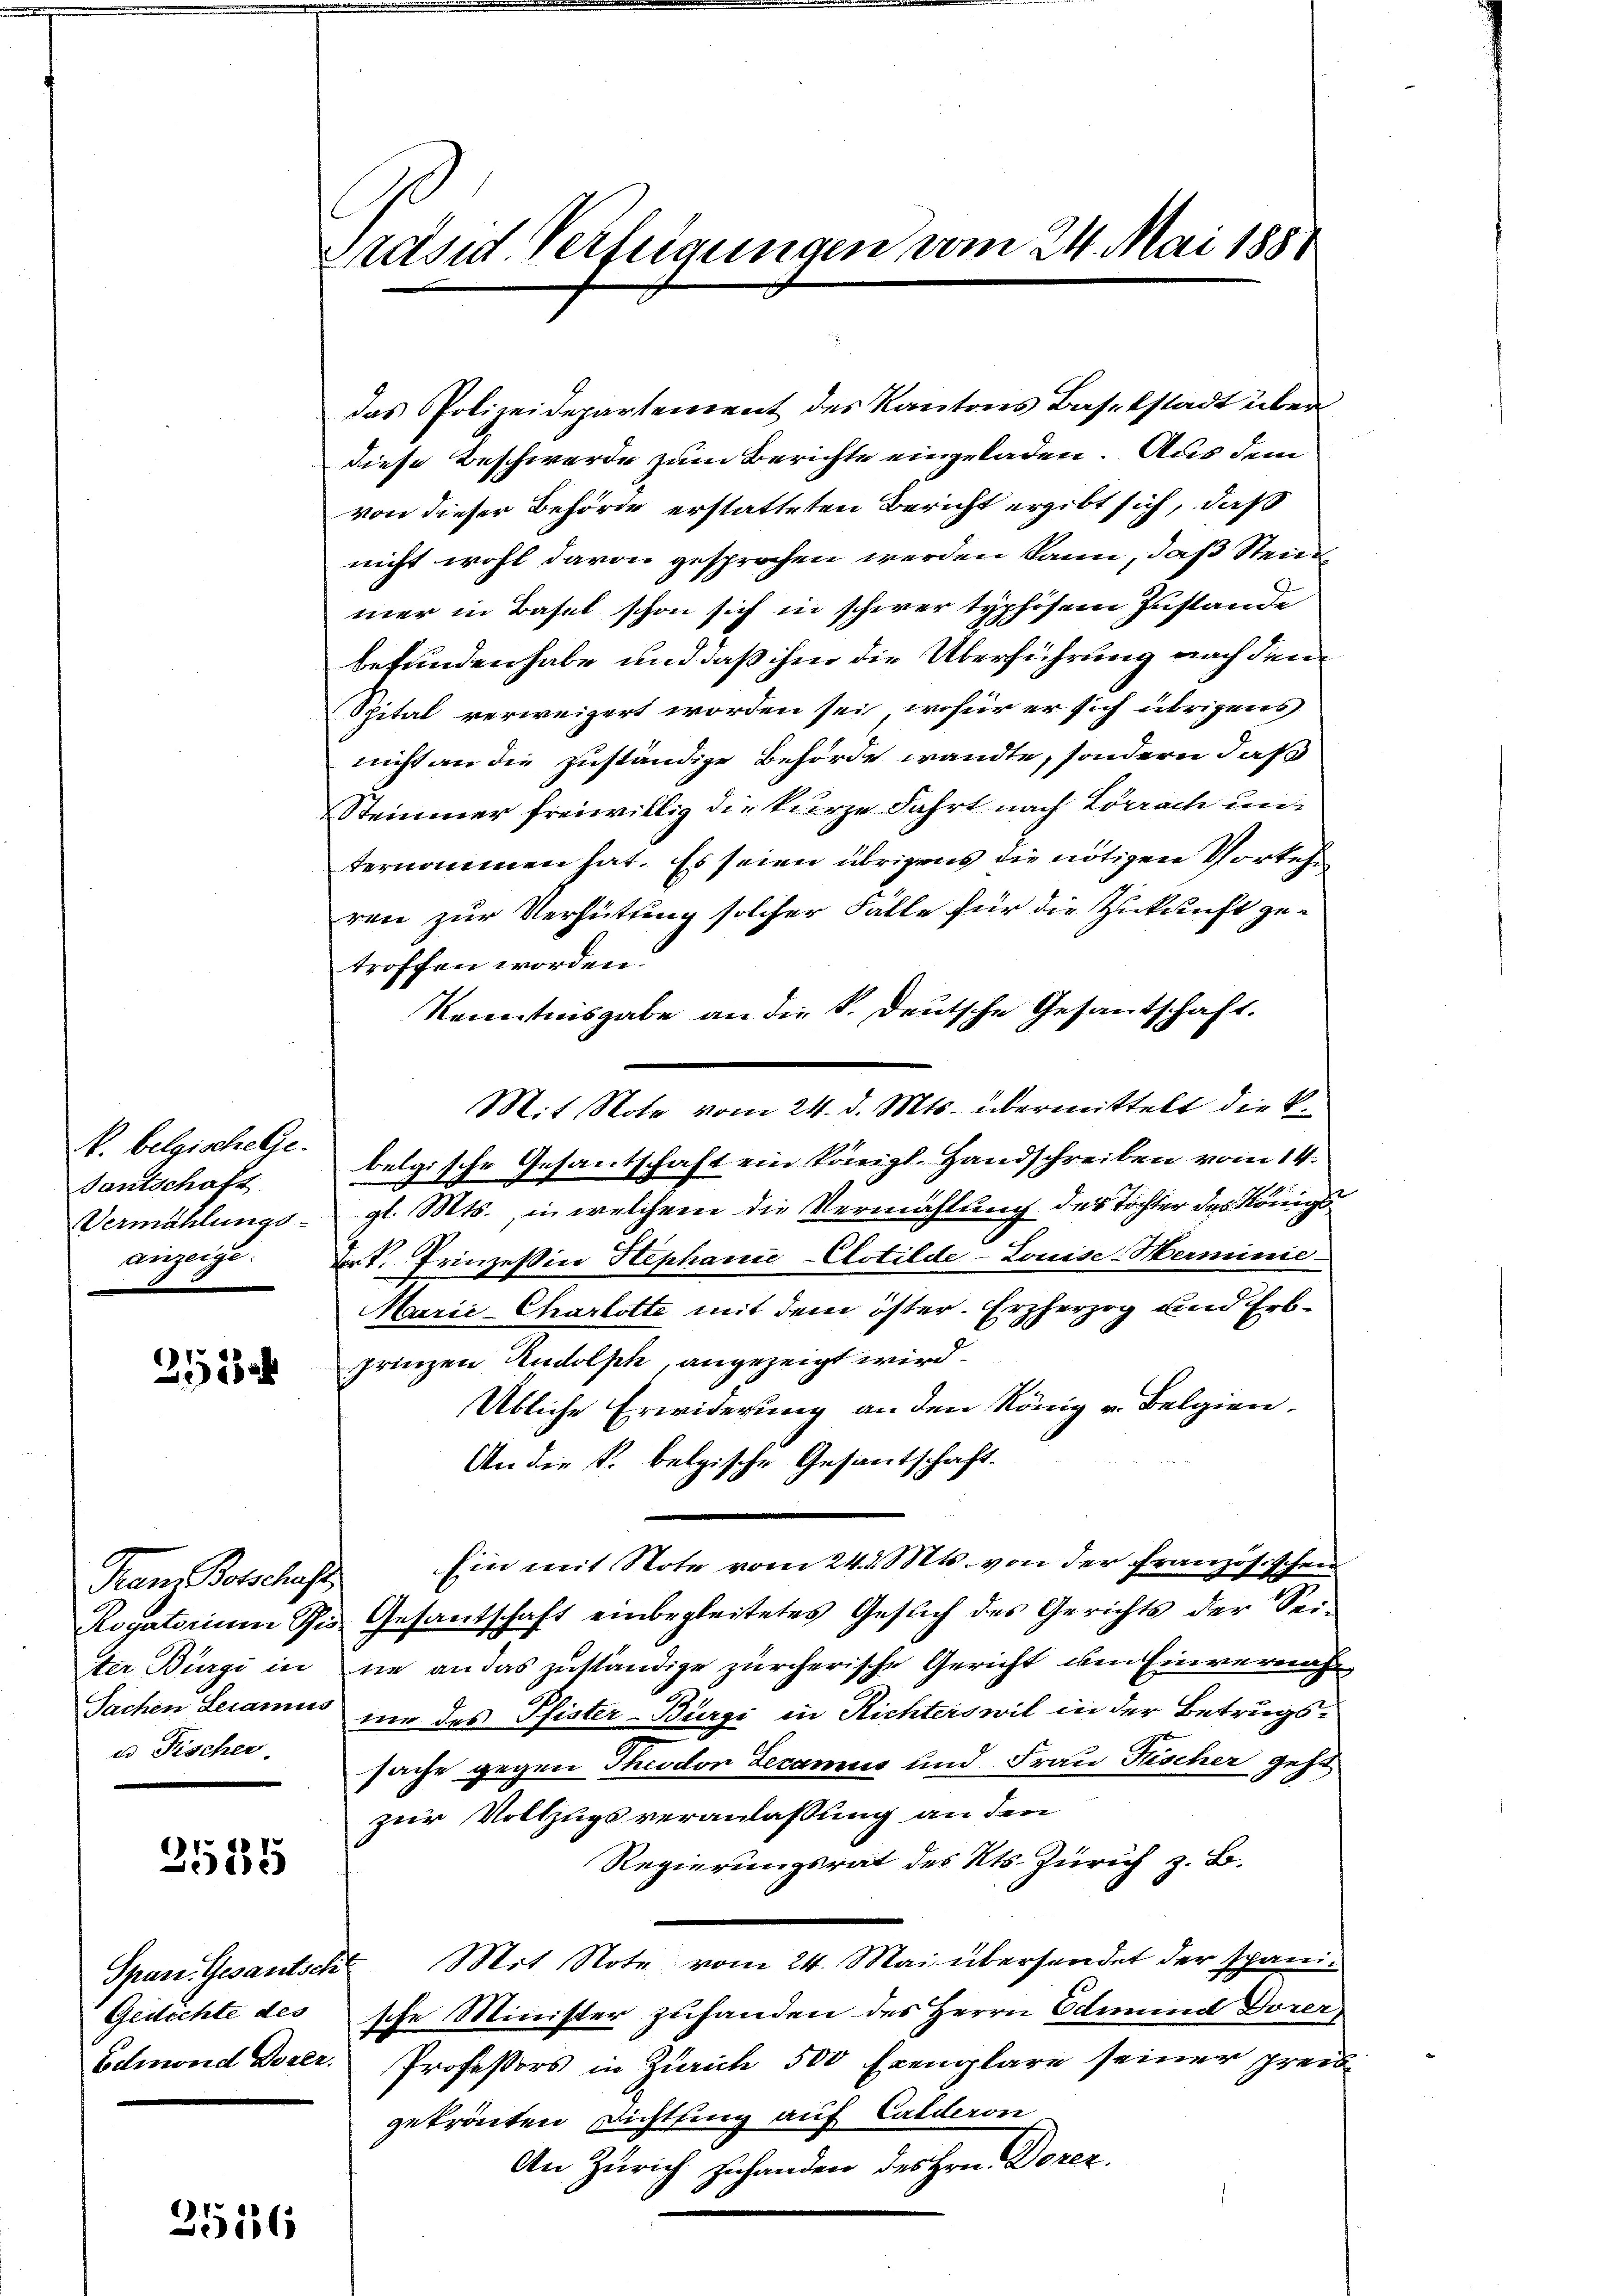
N. belgische Ge
Santschaft
anzeige.

253

Frau Botschaft
u Fischer.

3515

Gedichte des

2516

Präsid. Verfügungen vom 24. Mai 1888

das Polizeidepartement des Kantons Baselstadt über
diese Beschwerde zum Berichte eingeladen. Aus dem
von dieser Behörde erstatteten Bericht ergibt sich, daß
nicht wohl davon gesprochen werden kann, daß Steinmer in Basel schon sich in schwer typhösem Zustande
befunden habe und daß ihm die Überführung nach dem
Spital verweigert worden sei, wofür er sich übrigens
nicht an die zuständige Behörde wandte, sondern daß
Steinmer freiwillig die kurze Fahrt nach Lörrach unternommen hat. Es seien übrigens die nötigen Vorkeh
ren zur Verhütung solcher Fälle für die Zukunft getroffen worden.
Kenntnisgabe an die k. Deutsche Gesantschaft.
Mit Note vom 24. d. Mts. übermittelt die k.
belgische Gesantschaft ein königl. Handschreiben vom 14.
Vermählungs- gl. Mts., in welchem die Vermählung des Tochter des Königs
Dr. Prinzessive Stephanić-Clotilde-Louise-Merminie
Marić-Charlotte mit dem öster. Erzherzog und Erbgrinzen Rudolph, angezeigt wird.
Übliche Erwiderung an den König v. Belgien,
An die k. belgische Gesantschaft.
Ein mit Note vom 24. d. Mts. von der Französischen
Rogatorium Schis Gesantschaft einbegleitetes Gesuch des Gerichts der Sei-
ter Bürgi in ne an das zuständige zürcherische Gericht im Einvermah
Sachen Lecamus um des Pfister-Bürgi in Richterswil in der Betrugssache gegen Theodor Decamus und Frau Fischer geht
zur Vollzugsveranlassung an den
Regierungsrat des Kts. Zürich z. B.
Spure. Gesantsche Mit Note vom 24. Mai übersendet der spanische Minister zufanden des Herrn Edmund Dorer
Edmond Dozer. Professors in Zürich 500 Exemplare seiner preisgekrönten Dichtling auf Calderon,
An Zürich zuhanden des Hrn. Dorez.
n